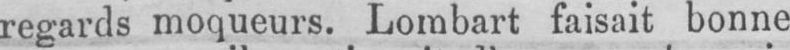
regards moqueurs. Lombart faisait bonne